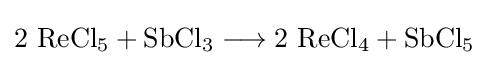
\mathrm {2\ ReCl_{5}+SbCl_{3}\longrightarrow 2\ ReCl_{4}+SbCl_{5}}